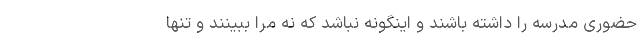
حضوری مدرسه را داشته باشند و اینگونه نباشد که نه مرا ببینند و تنها